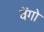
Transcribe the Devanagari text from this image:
वेंगो